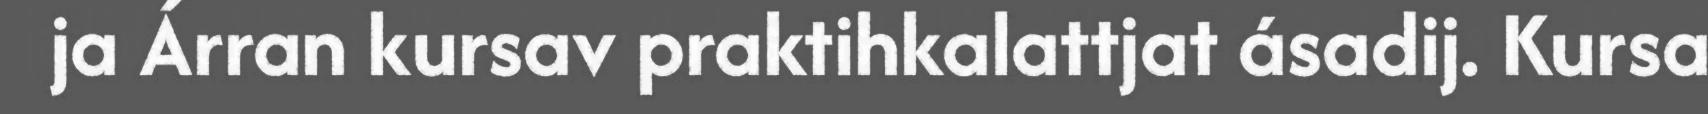
ja Árran kursav praktihkalattjat ásadij. Kursa